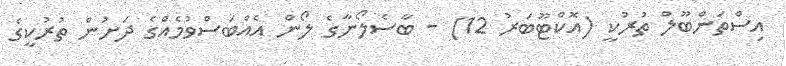
އިސްތަންބޫލް ތުރުކީ (އޮކްޓޫބަރު 12) - ބާސެލޯނާގެ ލޯން އެއްބަސްވުމެއްގެ ދަށުން ތުރުކީގެ